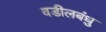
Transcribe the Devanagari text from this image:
वडीलबंधु